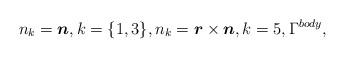
LaTeX: \begin{align*}n_{k}= \boldsymbol{n}, k = \{1,3\}, n_{k}=\boldsymbol{r} \times \boldsymbol{n}, k = 5, \Gamma^{body},\end{align*}